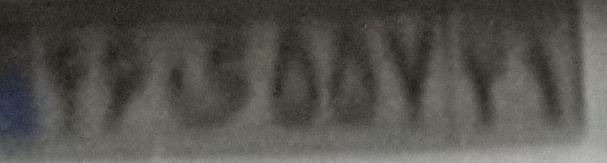
۴۶ی۵۵۷۲۱